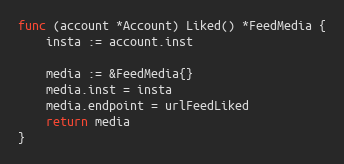
Language: Go
func (account *Account) Liked() *FeedMedia {
	insta := account.inst

	media := &FeedMedia{}
	media.inst = insta
	media.endpoint = urlFeedLiked
	return media
}